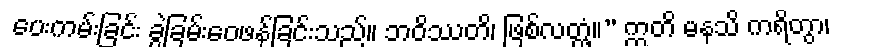
ပေးကမ်းခြင်း ခွဲခြမ်းဝေဖန်ခြင်းသည်။ ဘဝိဿတိ၊ ဖြစ်လတ္တံ့။” ဣတိ မနသိ ကရိတွာ၊